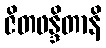
ဇိတဖန္ဒိတာနိ